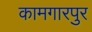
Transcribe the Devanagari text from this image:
कामगारपुर